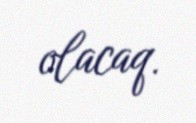
olacaq.